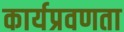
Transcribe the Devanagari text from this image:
कार्यप्रवणता